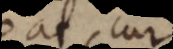
queat, cur